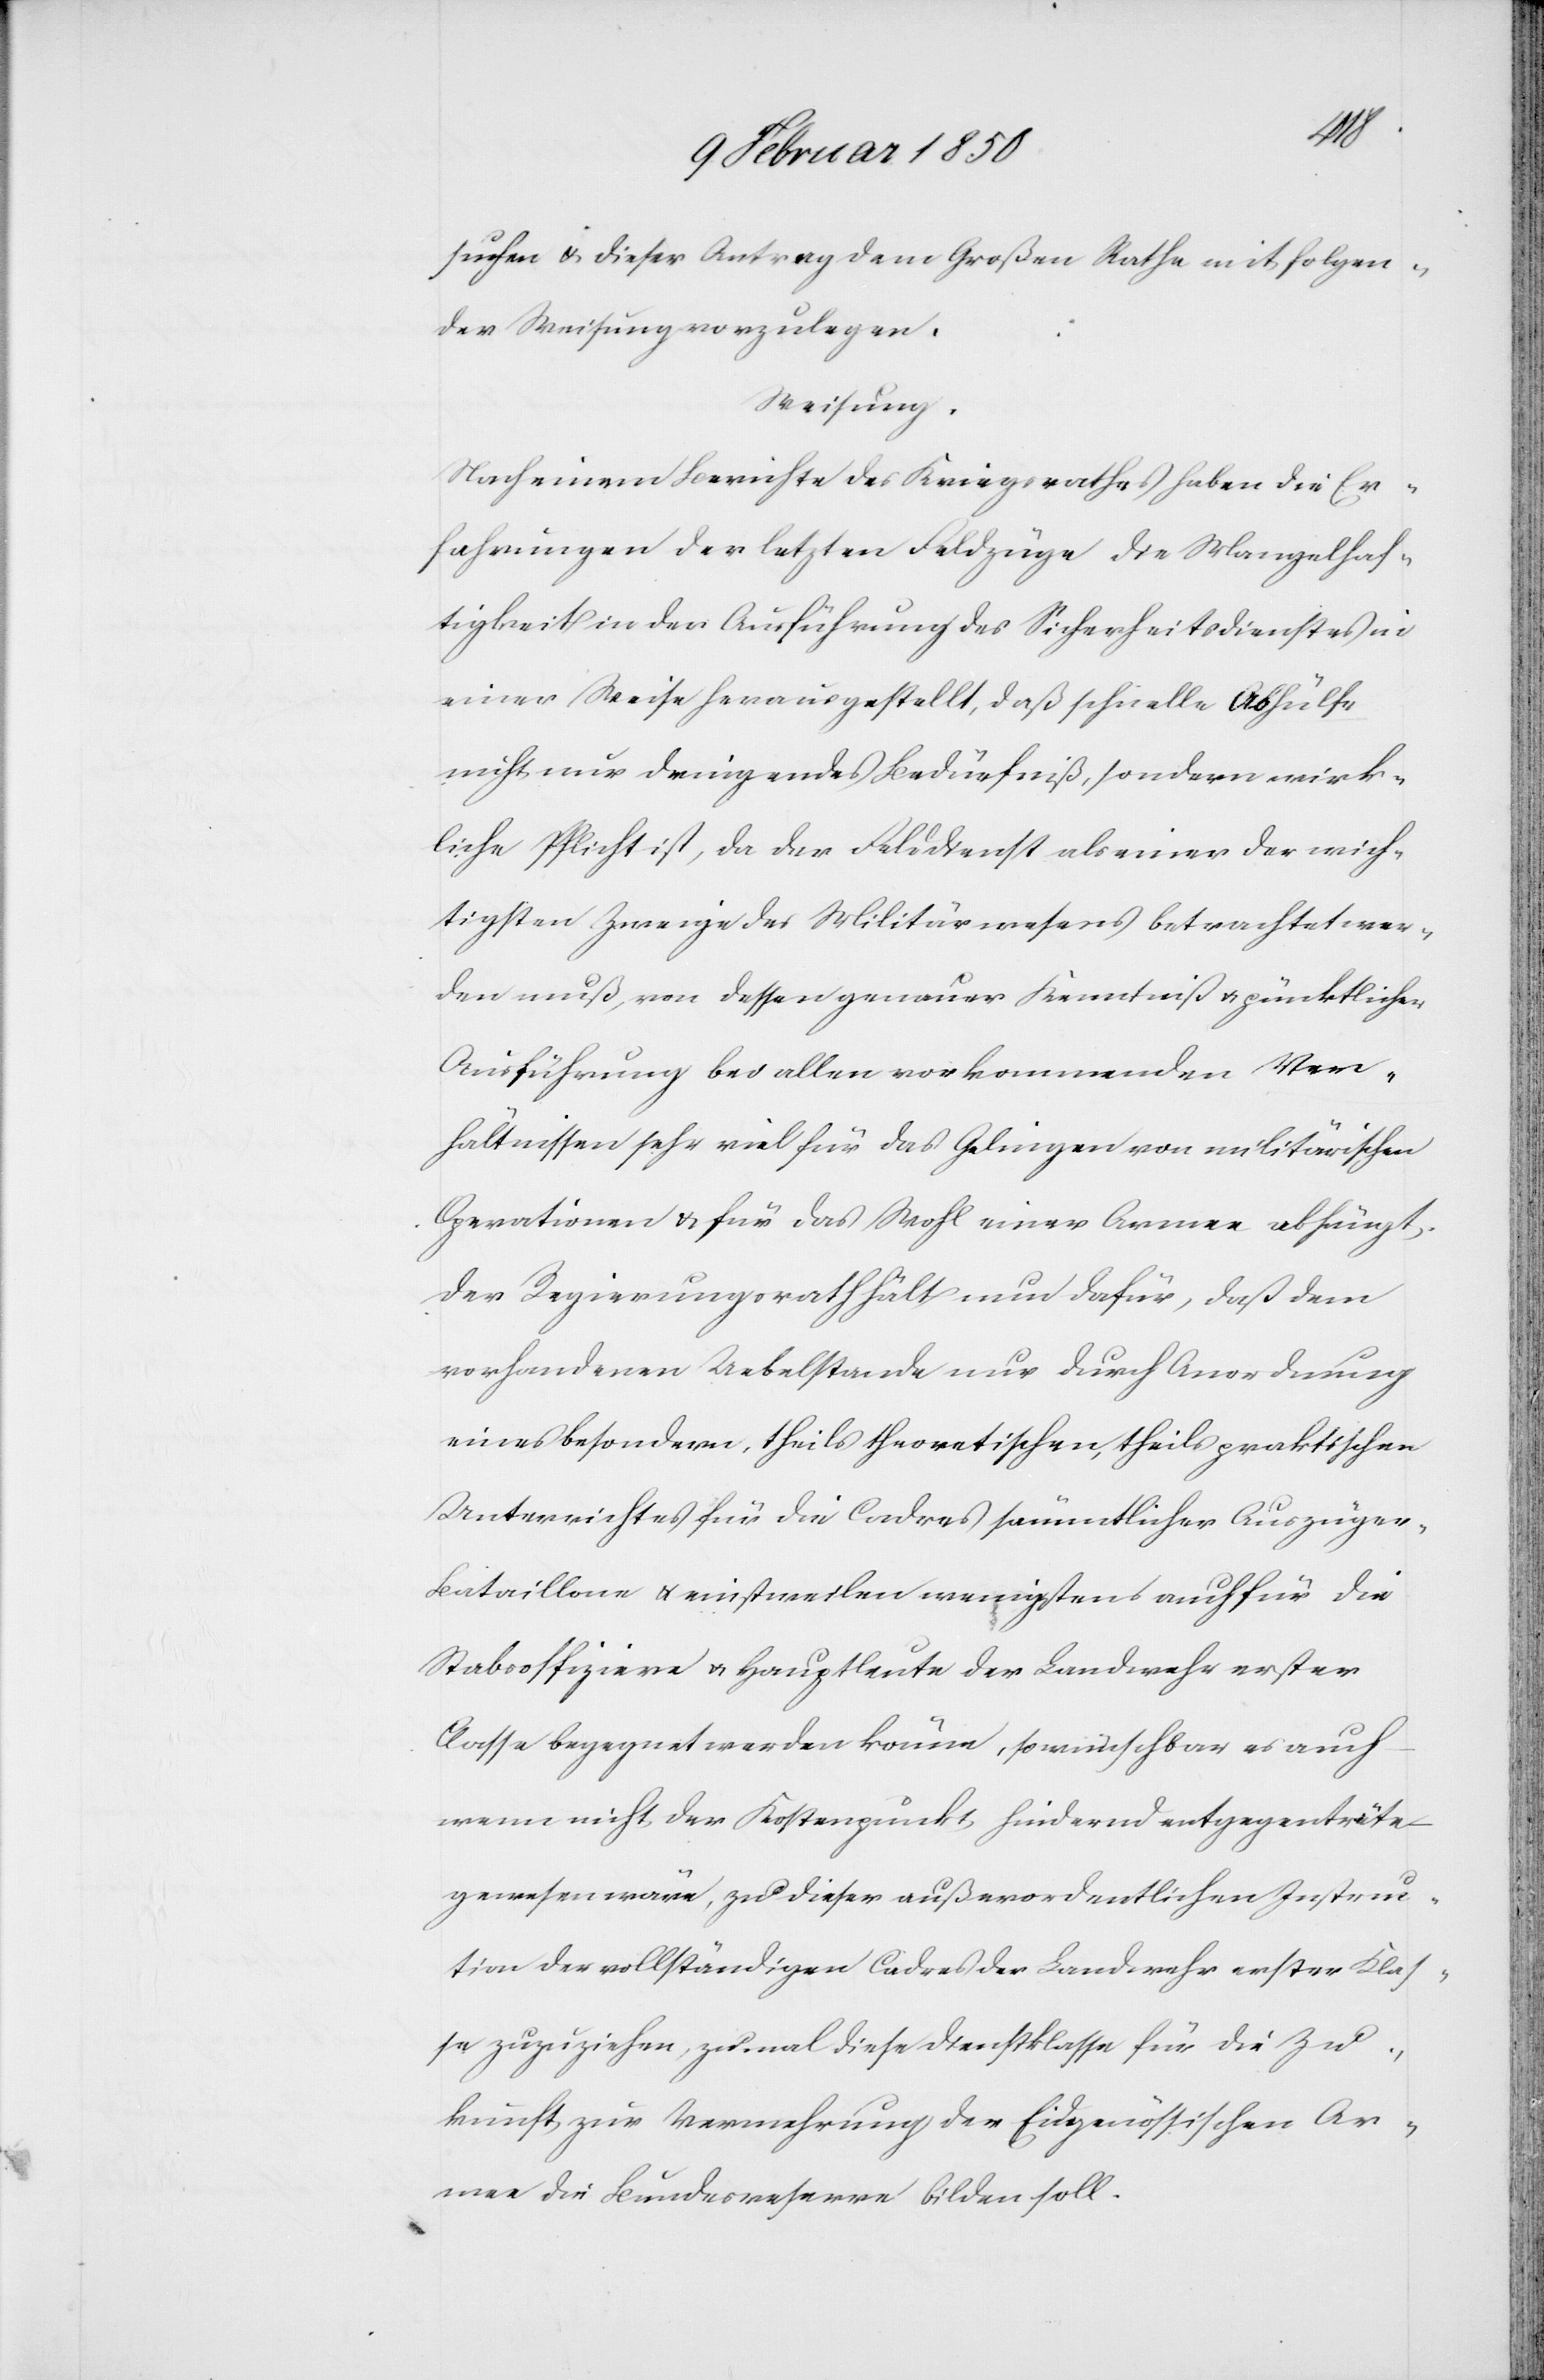
suchen u. dieser Antrag dem Großen Rathe mit folgen¬
der Weisung vorzulegen,
Weisung.
Nach einem Berichte des Kriegsrathes haben die Er¬
fahrungen der letzten Feldzüge die Mangelhaf¬
tigkeit in der Ausführung des Sicherheitsdienstes in
einer Weise herausgestellt, daß schnelle Abhülfe
nicht nur dringendes Bedürfniß, sondern wirk¬
liche Pflicht ist, da der Felddienst als einer der wich¬
tigsten Zweige des Militärwesens betrachtet wer¬
den muß, von dessen genauer Kenntniß u. pünktlichen
Ausführung bei allen vorkommenden Ver¬
hältnissen sehr viel für das Gelingen von militärischen
Operationen u. für das Wohl einer Armee abhängt;
der Regierungsrath hält nun dafür, daß dem
vorhandenen Uebelstande nur durch Anordnung
eines besondern, theils theoretischen, theils praktischen
Unterrichtes für die Cadres sämmtlicher Auszüge¬
r-Bataillone u. einstweilen wenigstens auch für die
Stabsoffiziere u. Hauptleute der Landwehr erster
Classe begegnet werden könne, so wünschbar es auch
wenn nicht der Kostenpunkt hindernd entgegenträte
gewesen wäre, zu dieser außerordentlichen Instruc¬
tion der vollständigen Cadres der Landwehr erster Klas¬
se zuzuziehen, zumal diese Dienstklasse für die Zu¬
kunft zur Vermehrung der Eidgenössischen Ar¬
mee die Bundesreserve bilden soll.